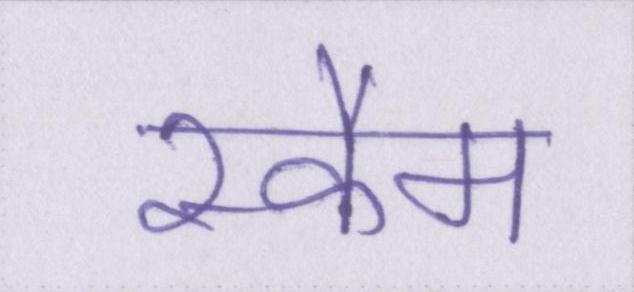
स्कैम